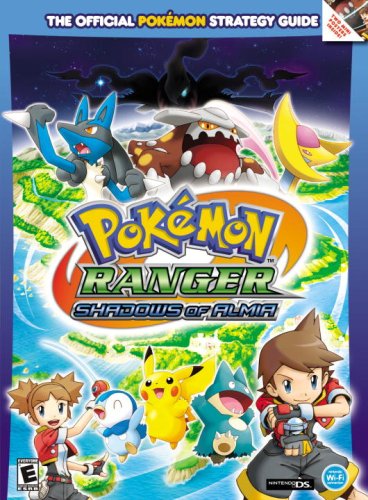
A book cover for Pokemon Ranger: Shadows of Almia: Prima Official Game Guide (Prima Official Game Guides: PokÃ©mon); Computers & Technology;